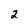
Character: 2